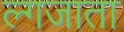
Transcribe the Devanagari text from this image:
ल्गजाता